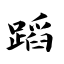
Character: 蹈